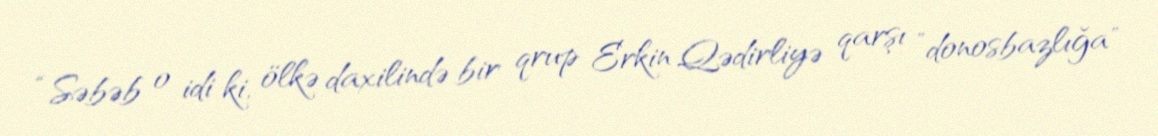
“Səbəb o idi ki, ölkə daxilində bir qrup Erkin Qədirliyə qarşı ”donosbazlığa"